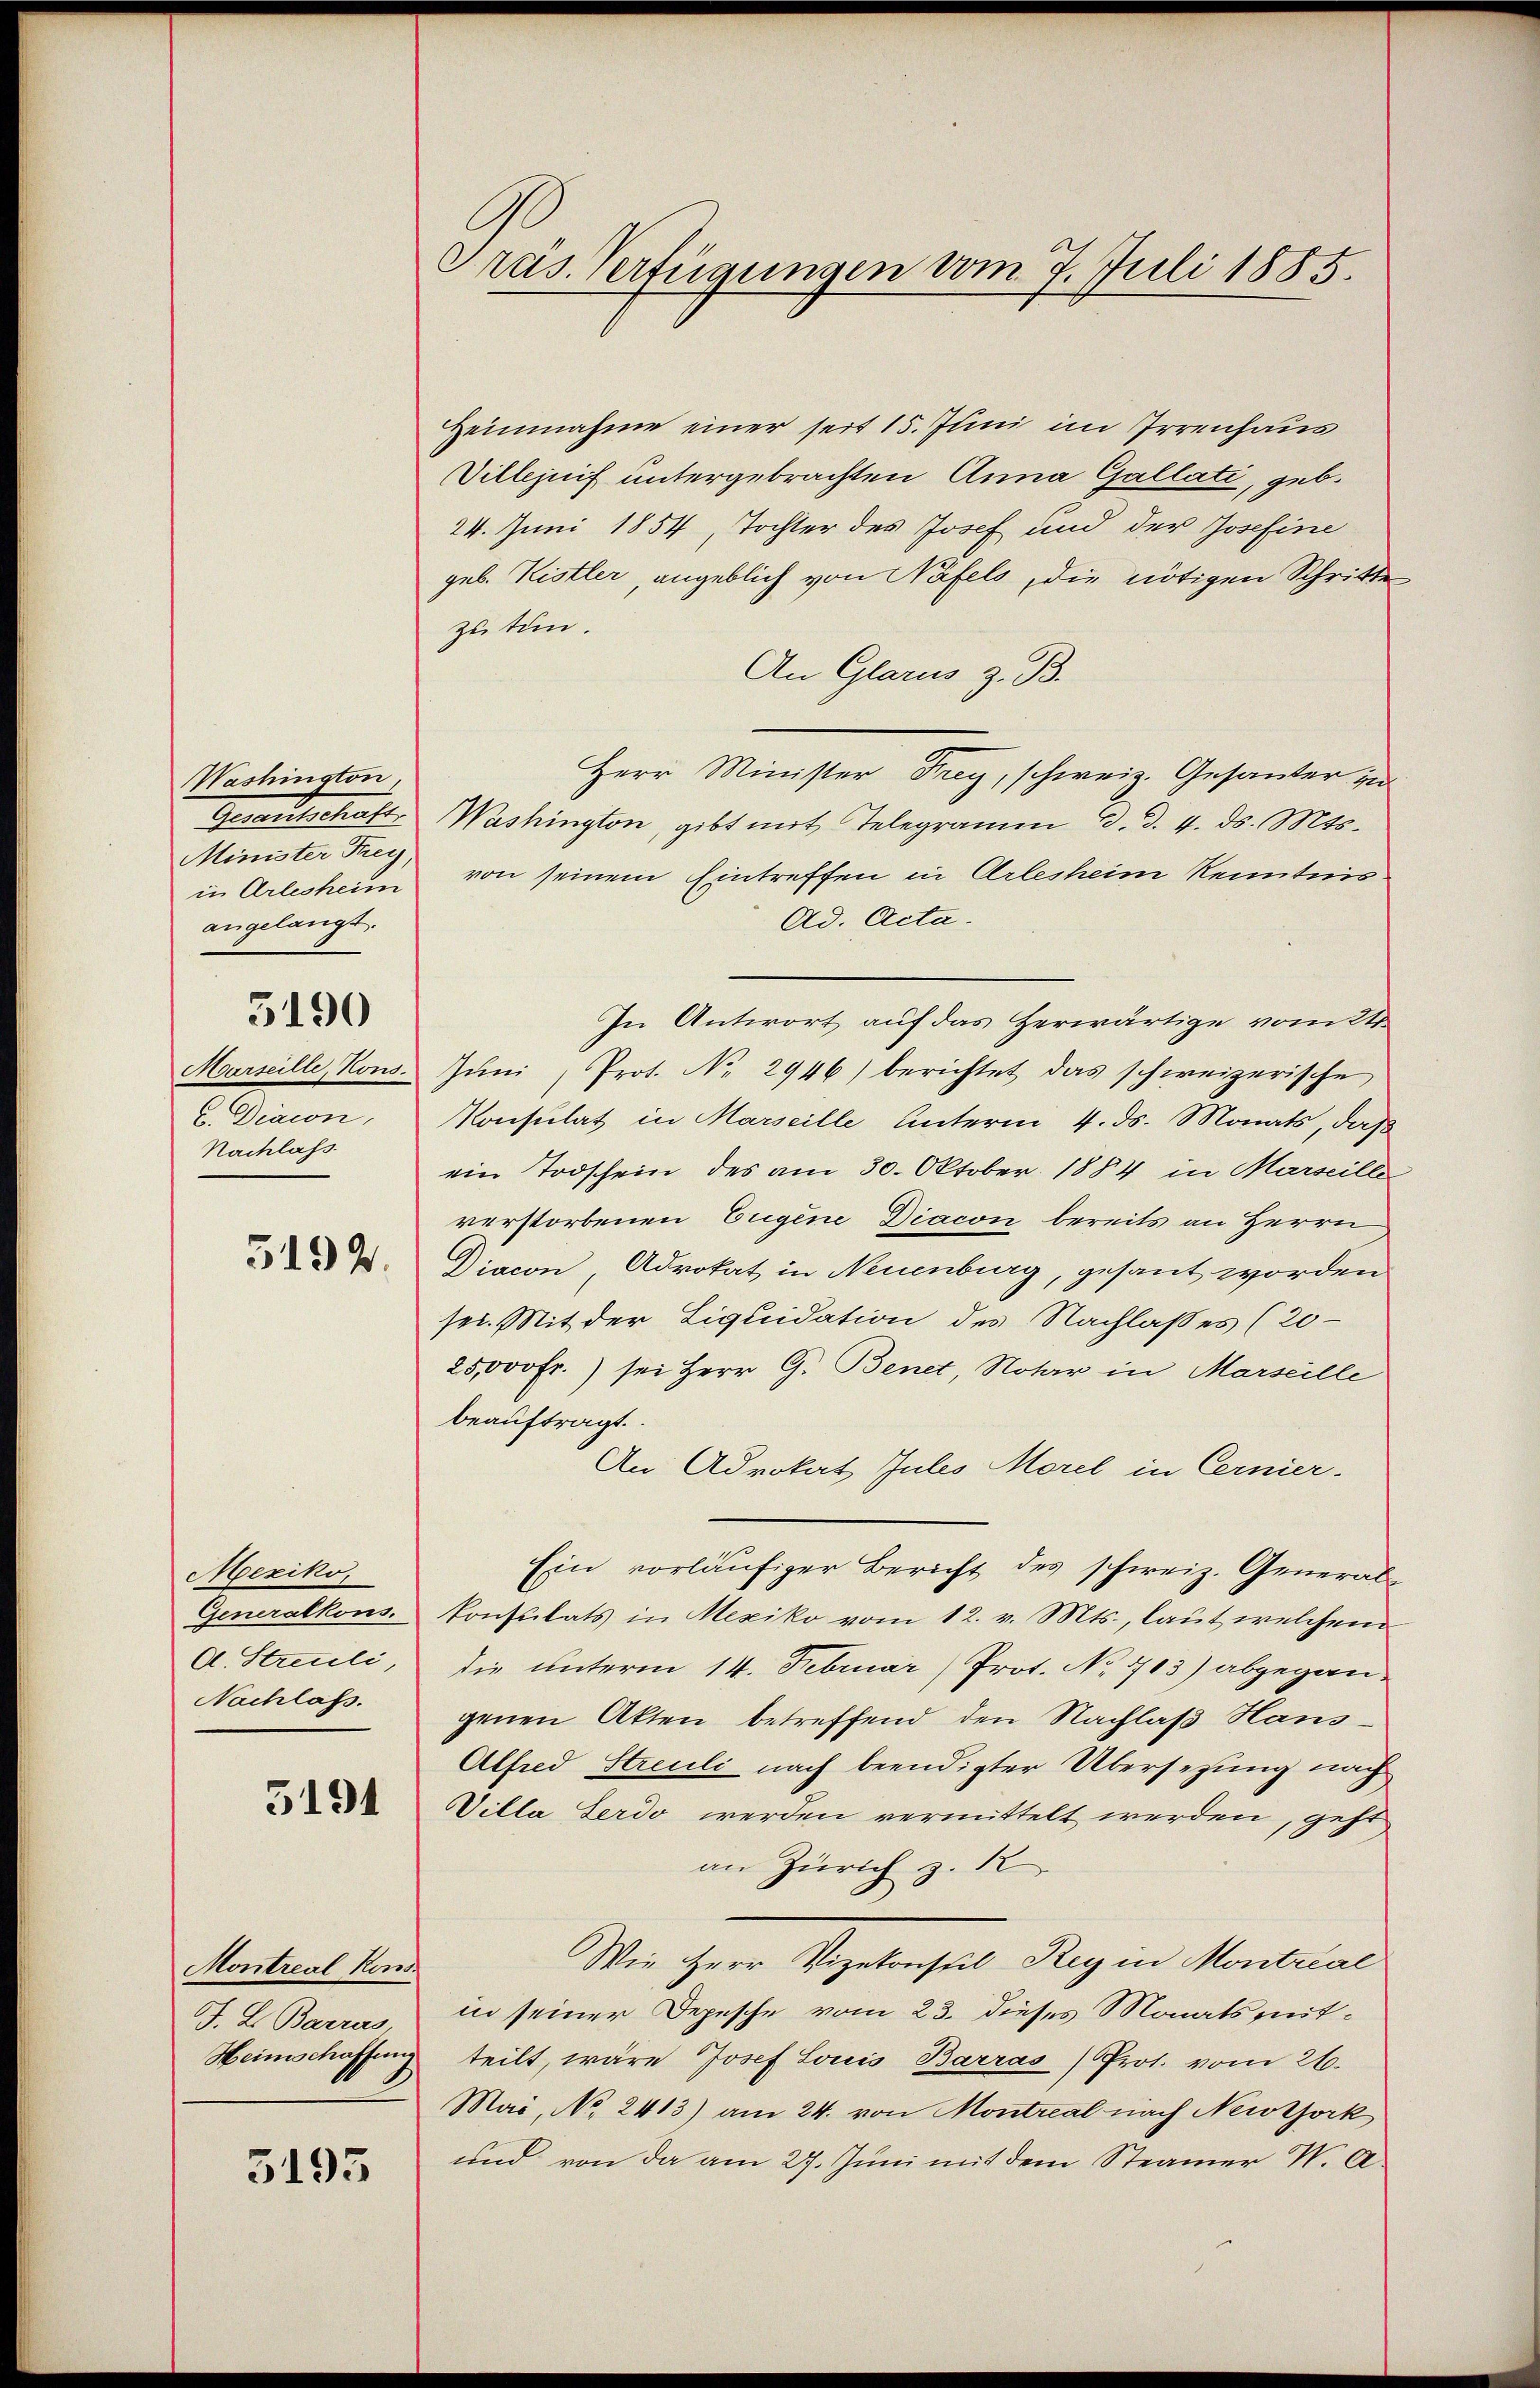
Washington
Gesandtschäf
Minister Frey,
in Arlesheim
angelangt.

5190

Marseille, Kons.
C. Diacon
Nachlass.

5192.

Mexiko,
Generalkons.
A. Streuli,
Nachlass.

5194

Montreal Kons
J. L. Barras
Heimschaffung

5193

Pras. Verfügungen vom 7. Juli 1885.

Heinnahme einer seit 15. Juni im Irrenhaus
Villjuif untergebrachten Anna Gallati, geb.
24. Juni 1854, Tochter des Josef und der Josefine
geb. Kistler, angeblich von Näfels, die nötigen Schritte
zu tun.
An Glarus z. B.
Herr Minister Frey, schweiz. Gesanter in
Washington, gibt mit Telegramm d. d. 4. ds. Mts.
von seinem Eintreffen in Arlesheim Kenntnis
Ad. Acta.
In Antwort auf das Herwärtige vom 24.
Jŭni Prot. No. 2946) berichtet das schweizerische
Konsulat in Marseille unterm 4. ds. Monats, daß
ein Todschein des am 30. Oktober 1884 in Marseille
verstorbenen Eugene Diacon bereits an Herrn
Diacon, Advokat in Neuenburg, gesant worden
sei. Mit der Liquidation des Nachlaßes (20
25,000 Fr.) sei Herr G. Benet Notar in Marseille
beauftragt.
An Advokat Jules Morel in Cernier.
Ein vorläŭfiger Bericht des schweiz. General-
konsulats in Mexiko vom 12. v. Mts., laut welchem
die unterm 14. Februar) Prot. No 713) abgegangenen Akten betreffend den Nachlaß Hans-
Alfred Streuli nach beendigter Übersezung nach
Villa Serdo werden vermittelt werden, geht
an Zürich z. K
Wie Herr Vizekonseil Rey in Montrial
in seiner Depesche vom 23. dieses Monatsmitteilt, wäre Josef Louis Barras) Prot. vom 26.
Mai, No. 2413) am 24. von Montreal nach Neuthork
und von da am 27. Juni mit dem Steainer W. A.